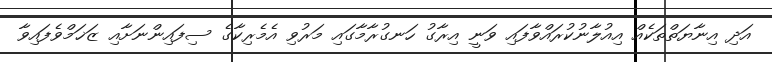
އަދި އިނާޔަތްތަކެއް އިއުލާނުކުރައްވާފައި ވަނީ އިރާގު ހަނގުރާމާގައި މަރުވި އެމެރިކާގެ ސިފައިންނަށާއި ޒަޚަމްވެފައިވާ